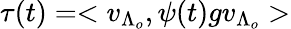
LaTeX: \tau(t)=<v_{\Lambda_{o}},\psi(t)gv_{\Lambda_{o}}>